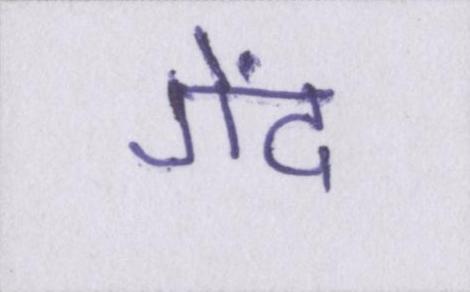
गेंद